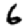
Digit: 6